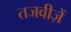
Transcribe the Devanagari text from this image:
तजवीज़ें